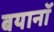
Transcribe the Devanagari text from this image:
बयानॉ